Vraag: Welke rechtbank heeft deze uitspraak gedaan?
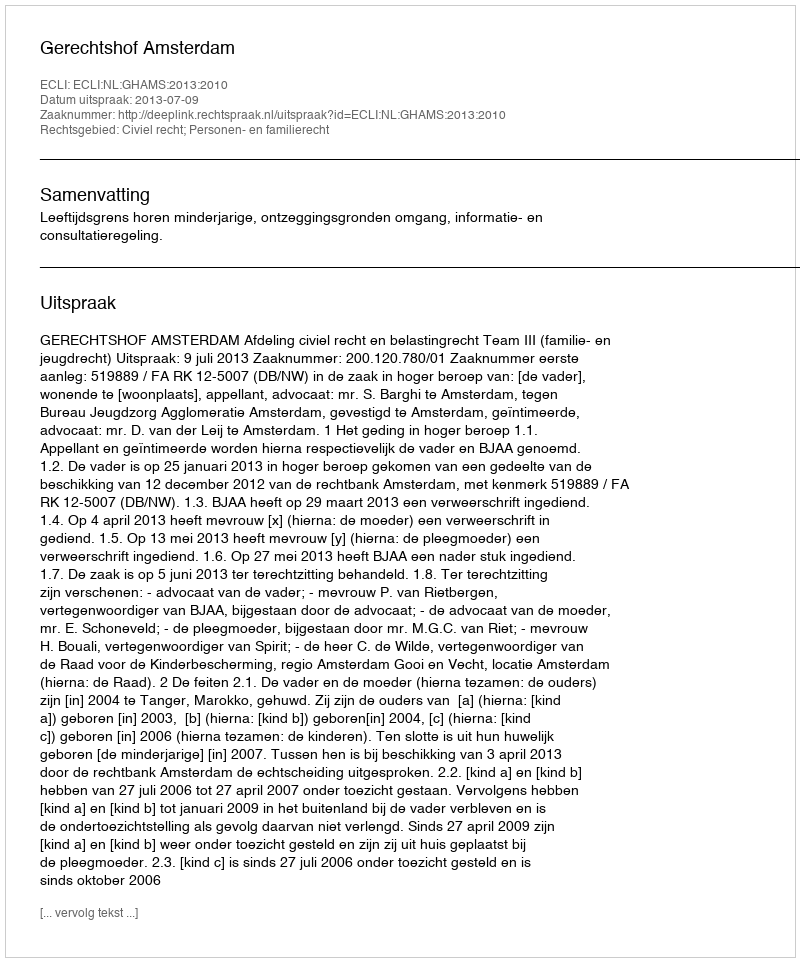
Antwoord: Gerechtshof Amsterdam